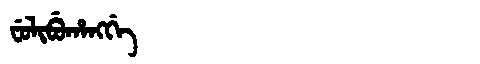
Manchu: ᠸᡠᠯᡳᠪᡠᡥᠠᠩᡤᡝ
Romanization: FULIBUHANGGE